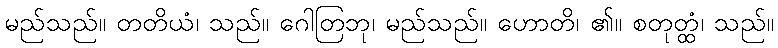
မည်သည်။ တတိယံ၊ သည်။ ဂေါတြဘု၊ မည်သည်။ ဟောတိ၊ ၏။ စတုတ္ထံ၊ သည်။